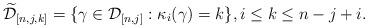
LaTeX: \begin{align*}\widetilde{\mathcal{D}}_{[n,j,k]}=\{\gamma\in\mathcal{D}_{[n,j]}: \kappa_{i}(\gamma)=k\},i\leq k\leq n-j+i.\end{align*}